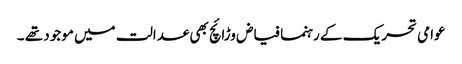
عوامی تحریک کے رہنما فیاض وڑائچ بھی عدالت میں موجود تھے ۔